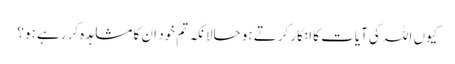
کیوں اللہ کی آیات کا انکار کرتے ہو حالانکہ تم خود ان کا مشاہدہ کر رہے ہو؟